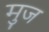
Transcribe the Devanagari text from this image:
मुज